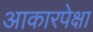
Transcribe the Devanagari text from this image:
आकारपेक्षा